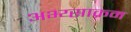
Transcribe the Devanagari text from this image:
अभ्य्साक्रम